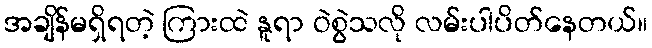
အချိန်မရှိရတဲ့ ကြားထဲ နူရာ ဝဲစွဲသလို လမ်းပါပိတ်နေတယ်။